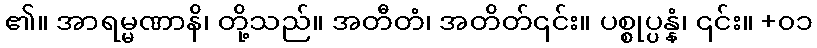
၏။ အာရမ္မဏာနိ၊ တို့သည်။ အတီတံ၊ အတိတ်၎င်း။ ပစ္စုပ္ပန္နံ၊ ၎င်း။ +၀၁